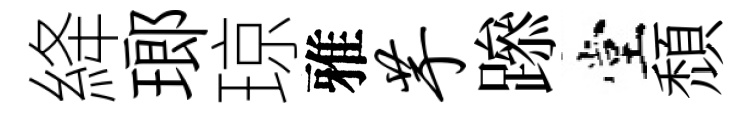
絳瑯琼雅芋𨅶堂頹